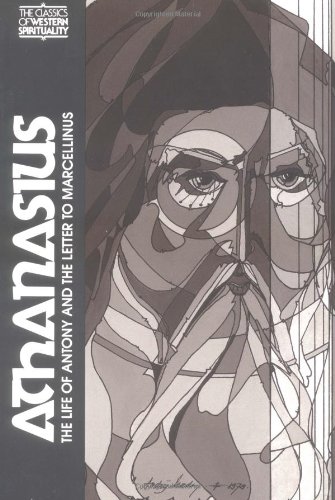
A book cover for Athanasius : The Life of Antony and the Letter To Marcellinus; Athanasius; Christian Books & Bibles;